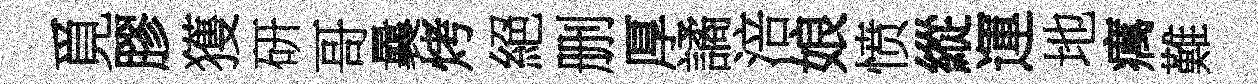
覓膠獲研哥曩烤絕删厚譎涪娘愤縱運地癘難